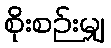
စိုးစဉ်းမျှ